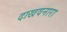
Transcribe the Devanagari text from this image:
दाखवनारा